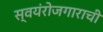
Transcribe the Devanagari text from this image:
स्वयंरोजगाराची